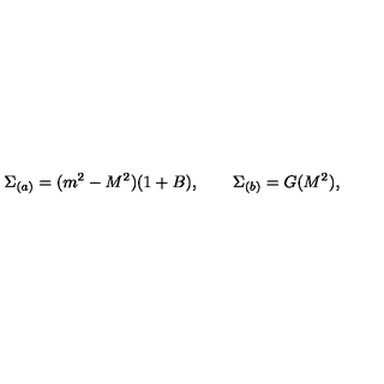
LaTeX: \Sigma _ { ( a ) } = ( m ^ { 2 } - M ^ { 2 } ) ( 1 + B ) , \qquad \Sigma _ { ( b ) } = G ( M ^ { 2 } ) ,